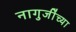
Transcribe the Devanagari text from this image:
नागुजींच्या